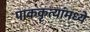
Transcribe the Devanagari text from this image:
पाककृत्यांमध्ये